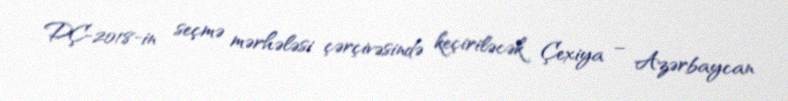
DÇ-2018-in seçmə mərhələsi çərçivəsində keçiriləcək Çexiya – Azərbaycan